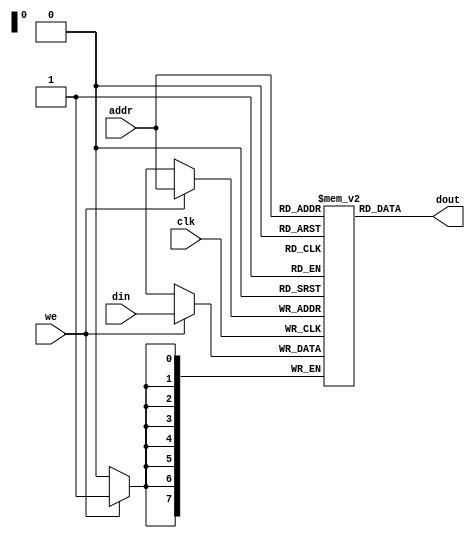
`timescale 1ns / 1ps

module dist_ram #(
  parameter RAM_WIDTH = 8,
  parameter RAM_DEPTH = 256
)(
  input clk,
  input we,
  input [$clog2(RAM_DEPTH-1)-1:0] addr,
  input [RAM_WIDTH-1:0] din,
  output [RAM_WIDTH-1:0] dout
);

  reg [RAM_WIDTH-1:0] data [RAM_DEPTH-1:0];

  always @(posedge clk) begin
    if (we)
      data[addr] <= din;
  end

  assign dout = data[addr];

endmodule